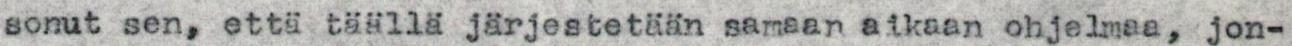
sonut sen, että täällä järjestetään samaan aikaan ohjelmaa, jon-